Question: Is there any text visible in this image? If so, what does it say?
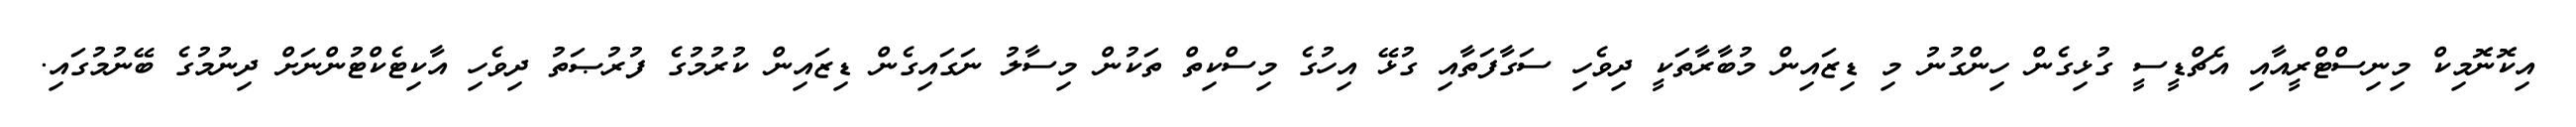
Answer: އިކޮނޮމިކް މިނިސްޓްރީއާއި އެޗްޑީސީ ގުޅިގެން ހިންގުނު މި ޑިޒައިން މުބާރާތަކީ ދިވެހި ސަގާފަތާއި ގުޅޭ އިހުގެ މިސްކިތް ތަކުން މިސާލު ނަގައިގެން ޑިޒައިން ކުރުމުގެ ފުރުޞަތު ދިވެހި އާކިޓެކްޓުންނަށް ދިނުމުގެ ބޭނުމުގައި.